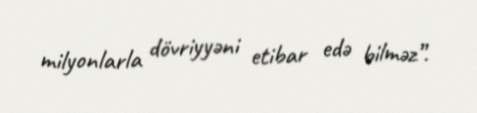
milyonlarla dövriyyəni etibar edə bilməz”.